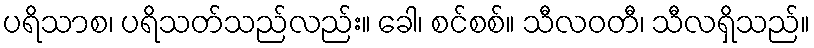
ပရိသာစ၊ ပရိသတ်သည်လည်း။ ခေါ၊ စင်စစ်။ သီလဝတီ၊ သီလရှိသည်။